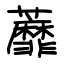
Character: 蘼